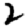
Digit: 2